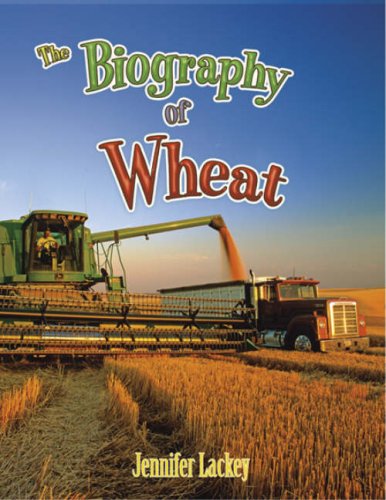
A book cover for The Biography of Wheat (How Did That Get Here?); Jennifer D. B. Lackey; Children's Books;